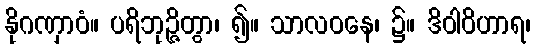
နိုဂဏှာဝံ။ ပရိဘုဉ္ဇိတွာ၊ ၍။ သာလဝနေ၊ ၌။ ဒိဝါဝိဟာရ၊